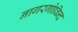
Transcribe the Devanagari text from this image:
नागरगोविन्द